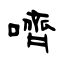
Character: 嚌